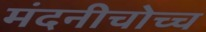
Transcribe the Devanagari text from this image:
मंदनीचोच्च